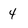
Character: 4